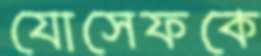
যোসেফকে